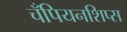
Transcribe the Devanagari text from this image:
चँपियनशिप्स